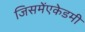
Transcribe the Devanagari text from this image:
जिसमेंएकेडमी